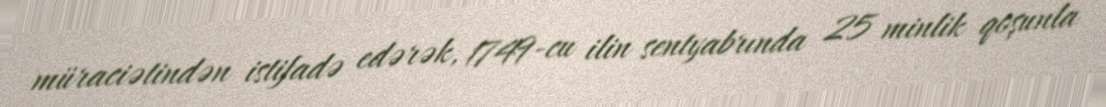
müraciətindən istifadə edərək, 1749-cu ilin sentyabrında 25 minlik qoşunla